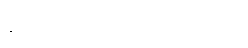
နီးစွာသော အကြောင်းရှိ၏။